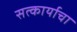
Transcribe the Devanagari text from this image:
सत्कार्याचा